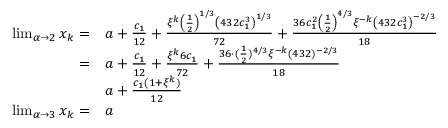
\begin{array} { r l } { \operatorname* { l i m } _ { \alpha \to 2 } x _ { k } = } & { a + \frac { c _ { 1 } } { 1 2 } + \frac { \xi ^ { k } \left( \frac { 1 } { 2 } \right) ^ { 1 / 3 } \left( 4 3 2 c _ { 1 } ^ { 3 } \right) ^ { 1 / 3 } } { 7 2 } + \frac { 3 6 c _ { 1 } ^ { 2 } \left( \frac { 1 } { 2 } \right) ^ { 4 / 3 } \xi ^ { - k } \left( 4 3 2 c _ { 1 } ^ { 3 } \right) ^ { - 2 / 3 } } { 1 8 } } \\ { = } & { a + \frac { c _ { 1 } } { 1 2 } + \frac { \xi ^ { k } 6 c _ { 1 } } { 7 2 } + \frac { 3 6 \cdot ( \frac { 1 } { 2 } ) ^ { 4 / 3 } \xi ^ { - k } ( 4 3 2 ) ^ { - 2 / 3 } } { 1 8 } } \\ & { a + \frac { c _ { 1 } ( 1 + \xi ^ { k } ) } { 1 2 } } \\ { \operatorname* { l i m } _ { \alpha \to 3 } x _ { k } = } & { a } \end{array}